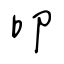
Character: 叩